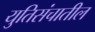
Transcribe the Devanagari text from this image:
युतिसंचातील